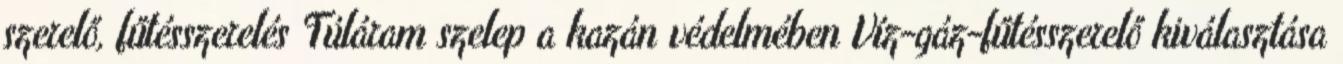
szerelő, fűtésszerelés Túláram szelep a kazán védelmében Víz-gáz-fűtésszerelő kiválasztása